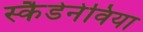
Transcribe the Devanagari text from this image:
स्कैडेनेविया